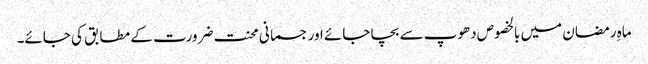
ماہِ رمضان میں بالخصوص دھوپ سے بچا جائے اور جسمانی محنت ضرورت کے مطابق کی جائے۔